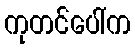
ကုတင်ပေါ်က